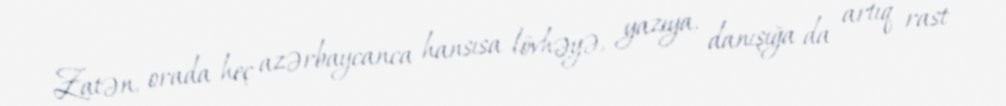
Zatən, orada heç azərbaycanca hansısa lövhəyə, yazıya, danışığa da artıq rast